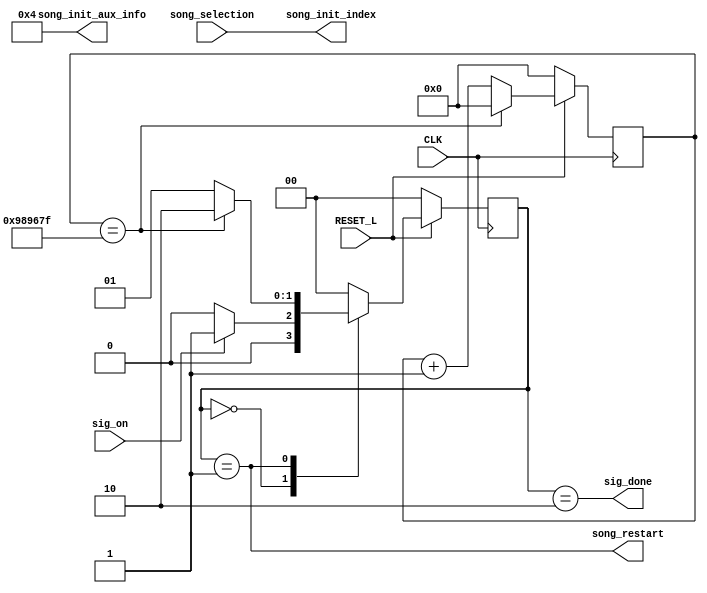
// Copyright (c) UnnamedOrange and Jack-Lyu. Licensed under the MIT License.
// See the LICENSE file in the repository root for full license text.

/// <projectname>mania-to-go</projectname>
/// <modulename>song_data_loader_t</modulename>
/// <filedescription></filedescription>
/// <version>
/// 0.0.1 (UnnamedOrange) : First commit.
/// </version>

`timescale 1ns / 1ps

module song_data_loader_t #
(
	parameter [7:0] static_init_aux_info = 8'b00000100,
	parameter restarting_timeout = 10000000
)
(
	// CPU
	output [7:0] song_init_index,
	output [7:0] song_init_aux_info,
	output song_restart,

	// 
	input [7:0] song_selection,

	// 
	input sig_on,
	output sig_done,

	// 
	input RESET_L,
	input CLK
);

	// 
	localparam state_width = 2;
	localparam [state_width - 1 : 0]
		s_init =       0, // 
		s_restarting = 1, //  CPU 
		s_done =       2, // 
		s_unused = 0;
	reg [state_width - 1 : 0] state, n_state;

	// 
	reg [31:0] timer;

	always @(posedge CLK) begin
		if (!RESET_L) begin
			timer <= 0;
		end
		else begin
			if (timer == restarting_timeout - 1)
				timer <= 0;
			else
				timer <= timer + 1;
		end
	end

	// 
	always @(posedge CLK) begin
		if (!RESET_L) begin
			state <= s_init;
		end
		else begin
			state <= n_state;
		end
	end

	// 
	always @(*) begin
		case (state)
			s_init:
				n_state = sig_on ? s_restarting : s_init;
			s_restarting:
				n_state = timer == restarting_timeout - 1 ? s_done : s_restarting;
			s_done:
				n_state = s_init;
			default:
				n_state = s_init;
		endcase
	end

	// 
	assign song_init_index = song_selection;
	assign song_init_aux_info = static_init_aux_info;
	assign song_restart = state == s_restarting;
	assign sig_done = state == s_done;

endmodule